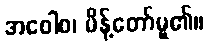
အဝေါစ၊ မိန့်တော်မူ၏။